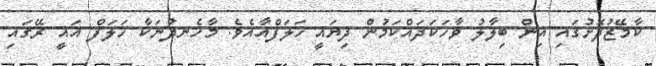
ކާމޭޒުދޮށުގައި އިން ބިލާލު ވާހަކަދައްކަމުން ދިޔައީ ހަލަފްއާއެވެ. މާހެނދުނަކާ ހަލަފް އައީ ރޭގައި